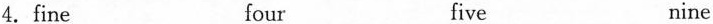
4.fine four five nine